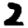
Digit: 2